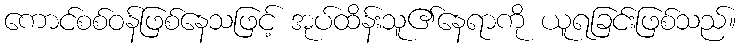
ကောင်စစ်ဝန်ဖြစ်နေသဖြင့် အုပ်ထိန်းသူ၏နေရာကို ယူရခြင်းဖြစ်သည်။